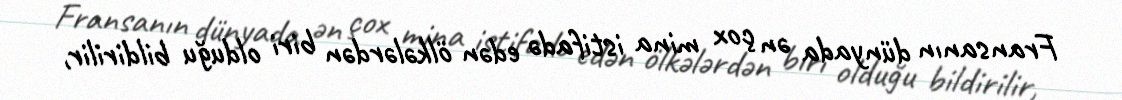
Fransanın dünyada ən çox mina istifadə edən ölkələrdən biri olduğu bildirilir,